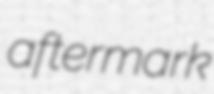
aftermark